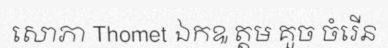
សោភា Thomet ឯកឩ ត្តម គួច ចំរើន